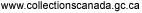
www.collectionscanada.gc.ca